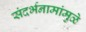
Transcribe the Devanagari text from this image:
संदर्भनामांमुळे